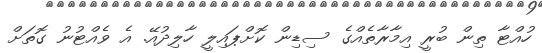
ހުއްޓާ ތިން ބުރީ އިމާރާތެއްގެ ސިޑިން ކޮށްޕައިލީ ހާލިދުއޭ. އެ ވެއްޓުނު ގޮތަށް